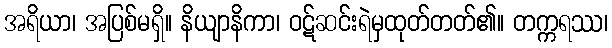
အရိယာ၊ အပြစ်မရှိ။ နိယျာနိကာ၊ ဝဋ်ဆင်းရဲမှထုတ်တတ်၏။ တက္ကရဿ၊